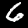
Digit: 6